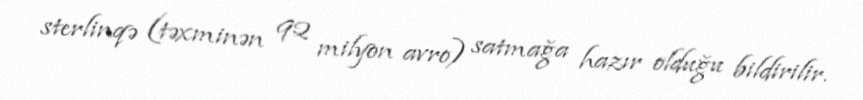
sterlinqə (təxminən 92 milyon avro) satmağa hazır olduğu bildirilir.